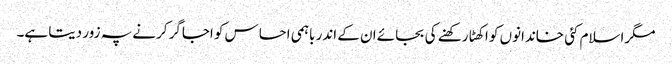
مگراسلام کئی خاندانوں کو اکھٹا رکھنے کی بجائے ان کے اندر باہمی احساس کو اجاگر کرنے پہ زور دیتا ہے۔